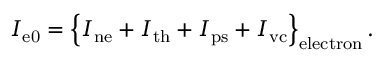
I _ { \mathrm { e 0 } } = \left\{ I _ { \mathrm { n e } } + I _ { \mathrm { t h } } + I _ { \mathrm { p s } } + I _ { \mathrm { v c } } \right\} _ { \mathrm { e l e c t r o n } } .